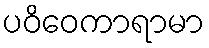
ပဝိဝေကာရာမာ